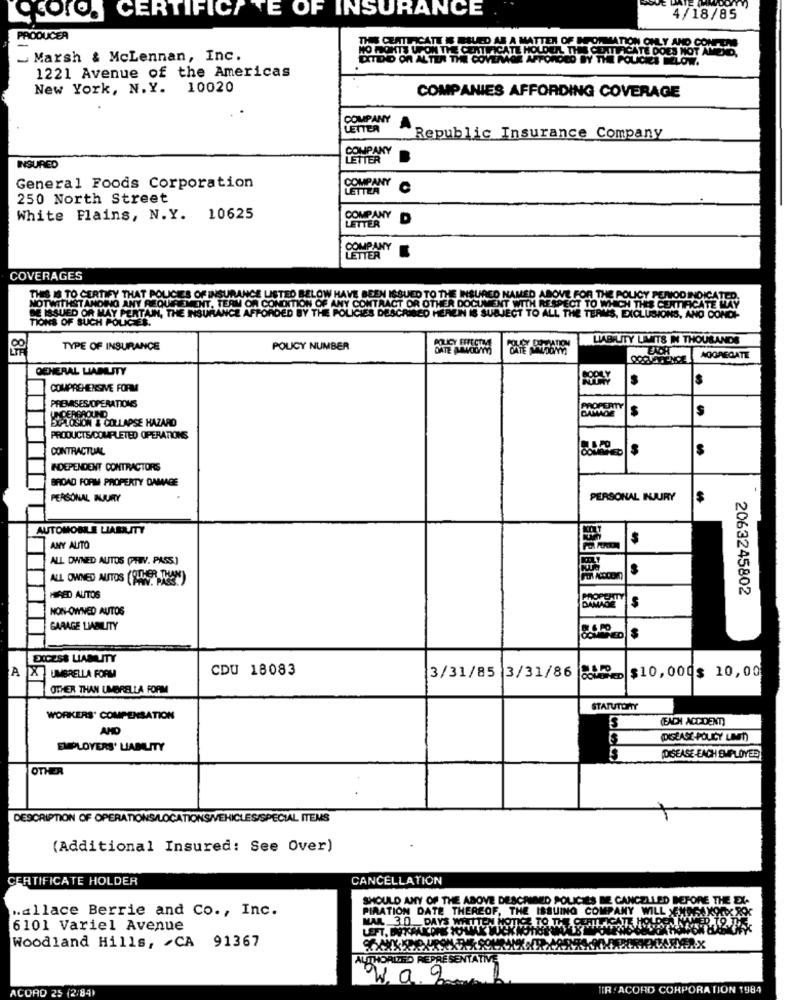
CHORO. CERTIFICATE OF INSURANCE
4/18/85
PRODUCER
THE CERTIFICATE IS RSLED AS A MATTER OF MEOMMATION ONLY AND CONFUN
CETTIFICATE DOES NOT AMENO,
- Marsh & McLennan, Inc.
NO FONTS UPON THE CERTIFICATE HOLDEAL THE CELLLACA
DITIDIO On ALTILA THE COVERAGE AFFORDED BY THE POLICIES FELOW.
1221 Avenue of the Americas
New York, N.Y.
10020
COMPANIES AFFORDING COVERAGE
COMPANY
LETTER
Republic Insurance Company
CONPANY
LETTER
INSURED
COMPANY
General Foods Corporation
LETTEA
250 North Street
White Plains, N.Y. 10625
COMPANY D
LETTER
COMPANY
COVERAGES
THIS IS TO CERTIFY THAT POLICIES OF INSURANCE LISTED BELOW HAVE BEEN ISSUED TO THE INSURED NAMED ABOVE FOR THE POLICY PERIOD INDICATED.
NOTWITHSTANDING ANY REQUIREMENT, TEAM OR CONDITION OF ANY CONTRACT OR OTHER DOCUMENT WITH RESPECT TO WHICH THE CERTIFICATE WAY
TIONS OF SUCH POLICEE.
DE ISSUED OR MAY PERTAIN, THE INSURANCE AFFORDED BY THE POLICIES DESCRIBED HEREIN IS SUBJECT TO ALL THE TERMS, EXCLUSIONS, AND CONDI-
LIABILITY LIMITS IN THOUSANDS
85
TYPE OF INSURANCE
POLICY NUMBER
009 AFENCE AGGREGATE
GENERAL LIABILITY
S
COMPREHENSIVE FORMA
PREMISESJOPERATIONS
PROPERTY
DAMADE
$
S
BUPLOSION & COLLAPSE HAZARD
DERGROUND
PRODUCTS/COMPLETED OPERATIONS
CONTRACTUAL
INDEPENDENT CONTRACTORS
BROAD FORM PROPERTY DAMAGE
PERSONAL BUURTY
PERSONAL INJURY
$
AUTOMOBILE LIABILITY
LES
ANY AUTO
ALL OWNED AUTOS (PRIV. PASS.]
ALL OWNED AUTOS (SILKER TON)
2063245802
HIRED AUTOS
NON-OWNED AUTOS
DAMAGE
GARAGE LIABILITY
EXCESS LIABILITY
A
CDU 18083
3/31/85 3/31/86
& UMBRELLA FORM
CORNED $10,000$ 10,00
OTHER THAN UMBRELLA FORM
STATUTORY
WORKERS' COMPENSATION
(EACH ACCIDENT)
EMPLOYERS' LIABILITY
5
(DISEASE-EACH EMPLOYER
OTHER
DESCRIPTION OF OPERATIONS/LOCATIONS/VEHICLES/SPECIAL ITEMS
(Additional Insured: See Over)
CERTIFICATE HOLDER
CANCELLATION
SHOULD ANY OF THE ABOVE DESCRINED POLICIES BE CANCELLED BEFORE THE E
.allace Berrie and Co ., Inc.
PIRATION DATE THEREOF, THE ISSUING COMPANY WILL SENAREXOR
6101 Variel Avenue
MAK 30 DAYS WATYW
Woodland Hills, CA 91367
LITHORIZED REPRESENT!
W.a.2
ACORO 25 (2/84)
TIR .ACORD CORPORATION 1984